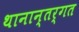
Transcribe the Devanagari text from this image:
थानान्तर्गत